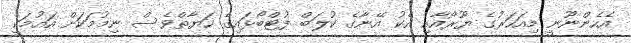
އެހެންނޫނީ މިއަހަރުގެ ޔޫރޯއާއި އެކު އޭނާގެ ކުލަބް ފުޓްބޯޅައިގެ ހަޔާތްވެސް ނިމުމަކަށް އައުމަކީ